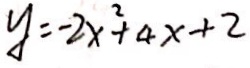
y = - 2 x ^ { 2 } + 4 x + 2